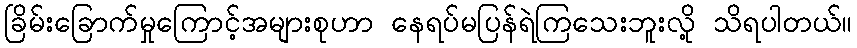
ခြိမ်းခြောက်မှုကြောင့်အများစုဟာ နေရပ်မပြန်ရဲကြသေးဘူးလို့ သိရပါတယ်။